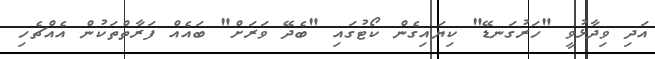
އަދި ވިދާޅުވީ "ހަރުގަނޑޭ" ކިޔައިގެން ކޯޓުގައި "ބެދޭ ވަރަށް" ބައެއް ފަރާތްތަކުން އެއްޗެހި